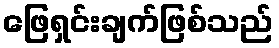
ဖြေရှင်းချက်ဖြစ်သည်